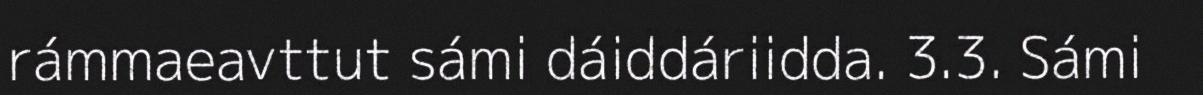
rámmaeavttut sámi dáiddáriidda. 3.3. Sámi